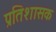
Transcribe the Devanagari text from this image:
प्रतिशासक